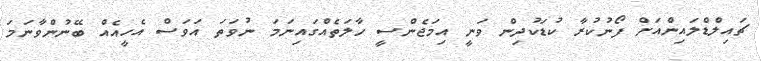
ޗައިލްޑްލައިންއަށް ފޯނުކުރާ ކުޑަކުދިން ވަނީ އިމަޖެންސީ ހާލަތެއްގައިނަމަ ނުވަތަ އަވަސް އެހީއެއް ބޭނުންވާނަމަ